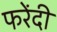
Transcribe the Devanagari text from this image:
फरेंदी